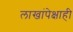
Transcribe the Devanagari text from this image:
लाखांपेक्षाही